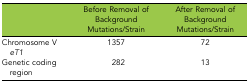
|  | Before Removal of Background Mutations/Strain | After Removal of Background Mutations/Strain |
 | --- | --- | --- |
 | Chromosome V eT1 | 1357 | 72 |
 | Genetic coding region | 282 | 13 |